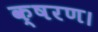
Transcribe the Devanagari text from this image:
क्षरण।